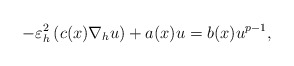
\begin{align*}-\varepsilon^{2}_{h}\left( c(x)\nabla_{h}u\right)+a(x)u=b(x)u^{p-1},\end{align*}